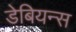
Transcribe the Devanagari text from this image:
डेबियन्स